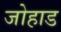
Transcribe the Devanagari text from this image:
जोहाड